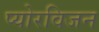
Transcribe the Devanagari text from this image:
प्योरविजन